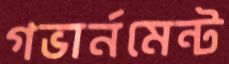
গভার্নমেন্ট